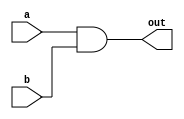
`timescale 1ns / 1ps
//////////////////////////////////////////////////////////////////////////////////
// Company: 
// Engineer: 
// 
// Design Name: 
// Module Name:    and_module 
// Project Name: 
// Target Devices: 
// Tool versions: 
// Description: 
//
// Dependencies: 
//
// Revision: 
// Revision 0.01 - File Created
// Additional Comments: 
//
//////////////////////////////////////////////////////////////////////////////////
module and_module(
	input a,
	input b,
	
	output out
    );
	 
	assign out = a & b;

endmodule